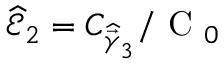
\widehat { \mathcal { E } } _ { 2 } = C _ { \widehat { \vec { \gamma } } _ { 3 } } / \textrm { C } _ { 0 }